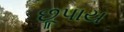
છૂપાય